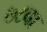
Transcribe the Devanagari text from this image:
७८वा